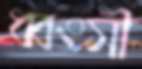
ধ্বংসী